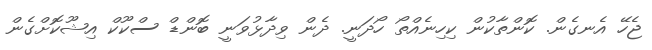
ޖެހޭ އެނގެން. ކޮންތާކުން ކިހިނެއްތޯ ހޯދަނީ. ދެން ވިދާޅުވަނީ ބޮންޑް ސްކޫކް އިޝޫކޮށްގެން